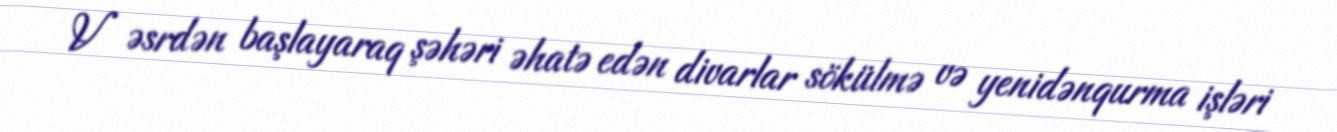
V əsrdən başlayaraq şəhəri əhatə edən divarlar sökülmə və yenidənqurma işləri